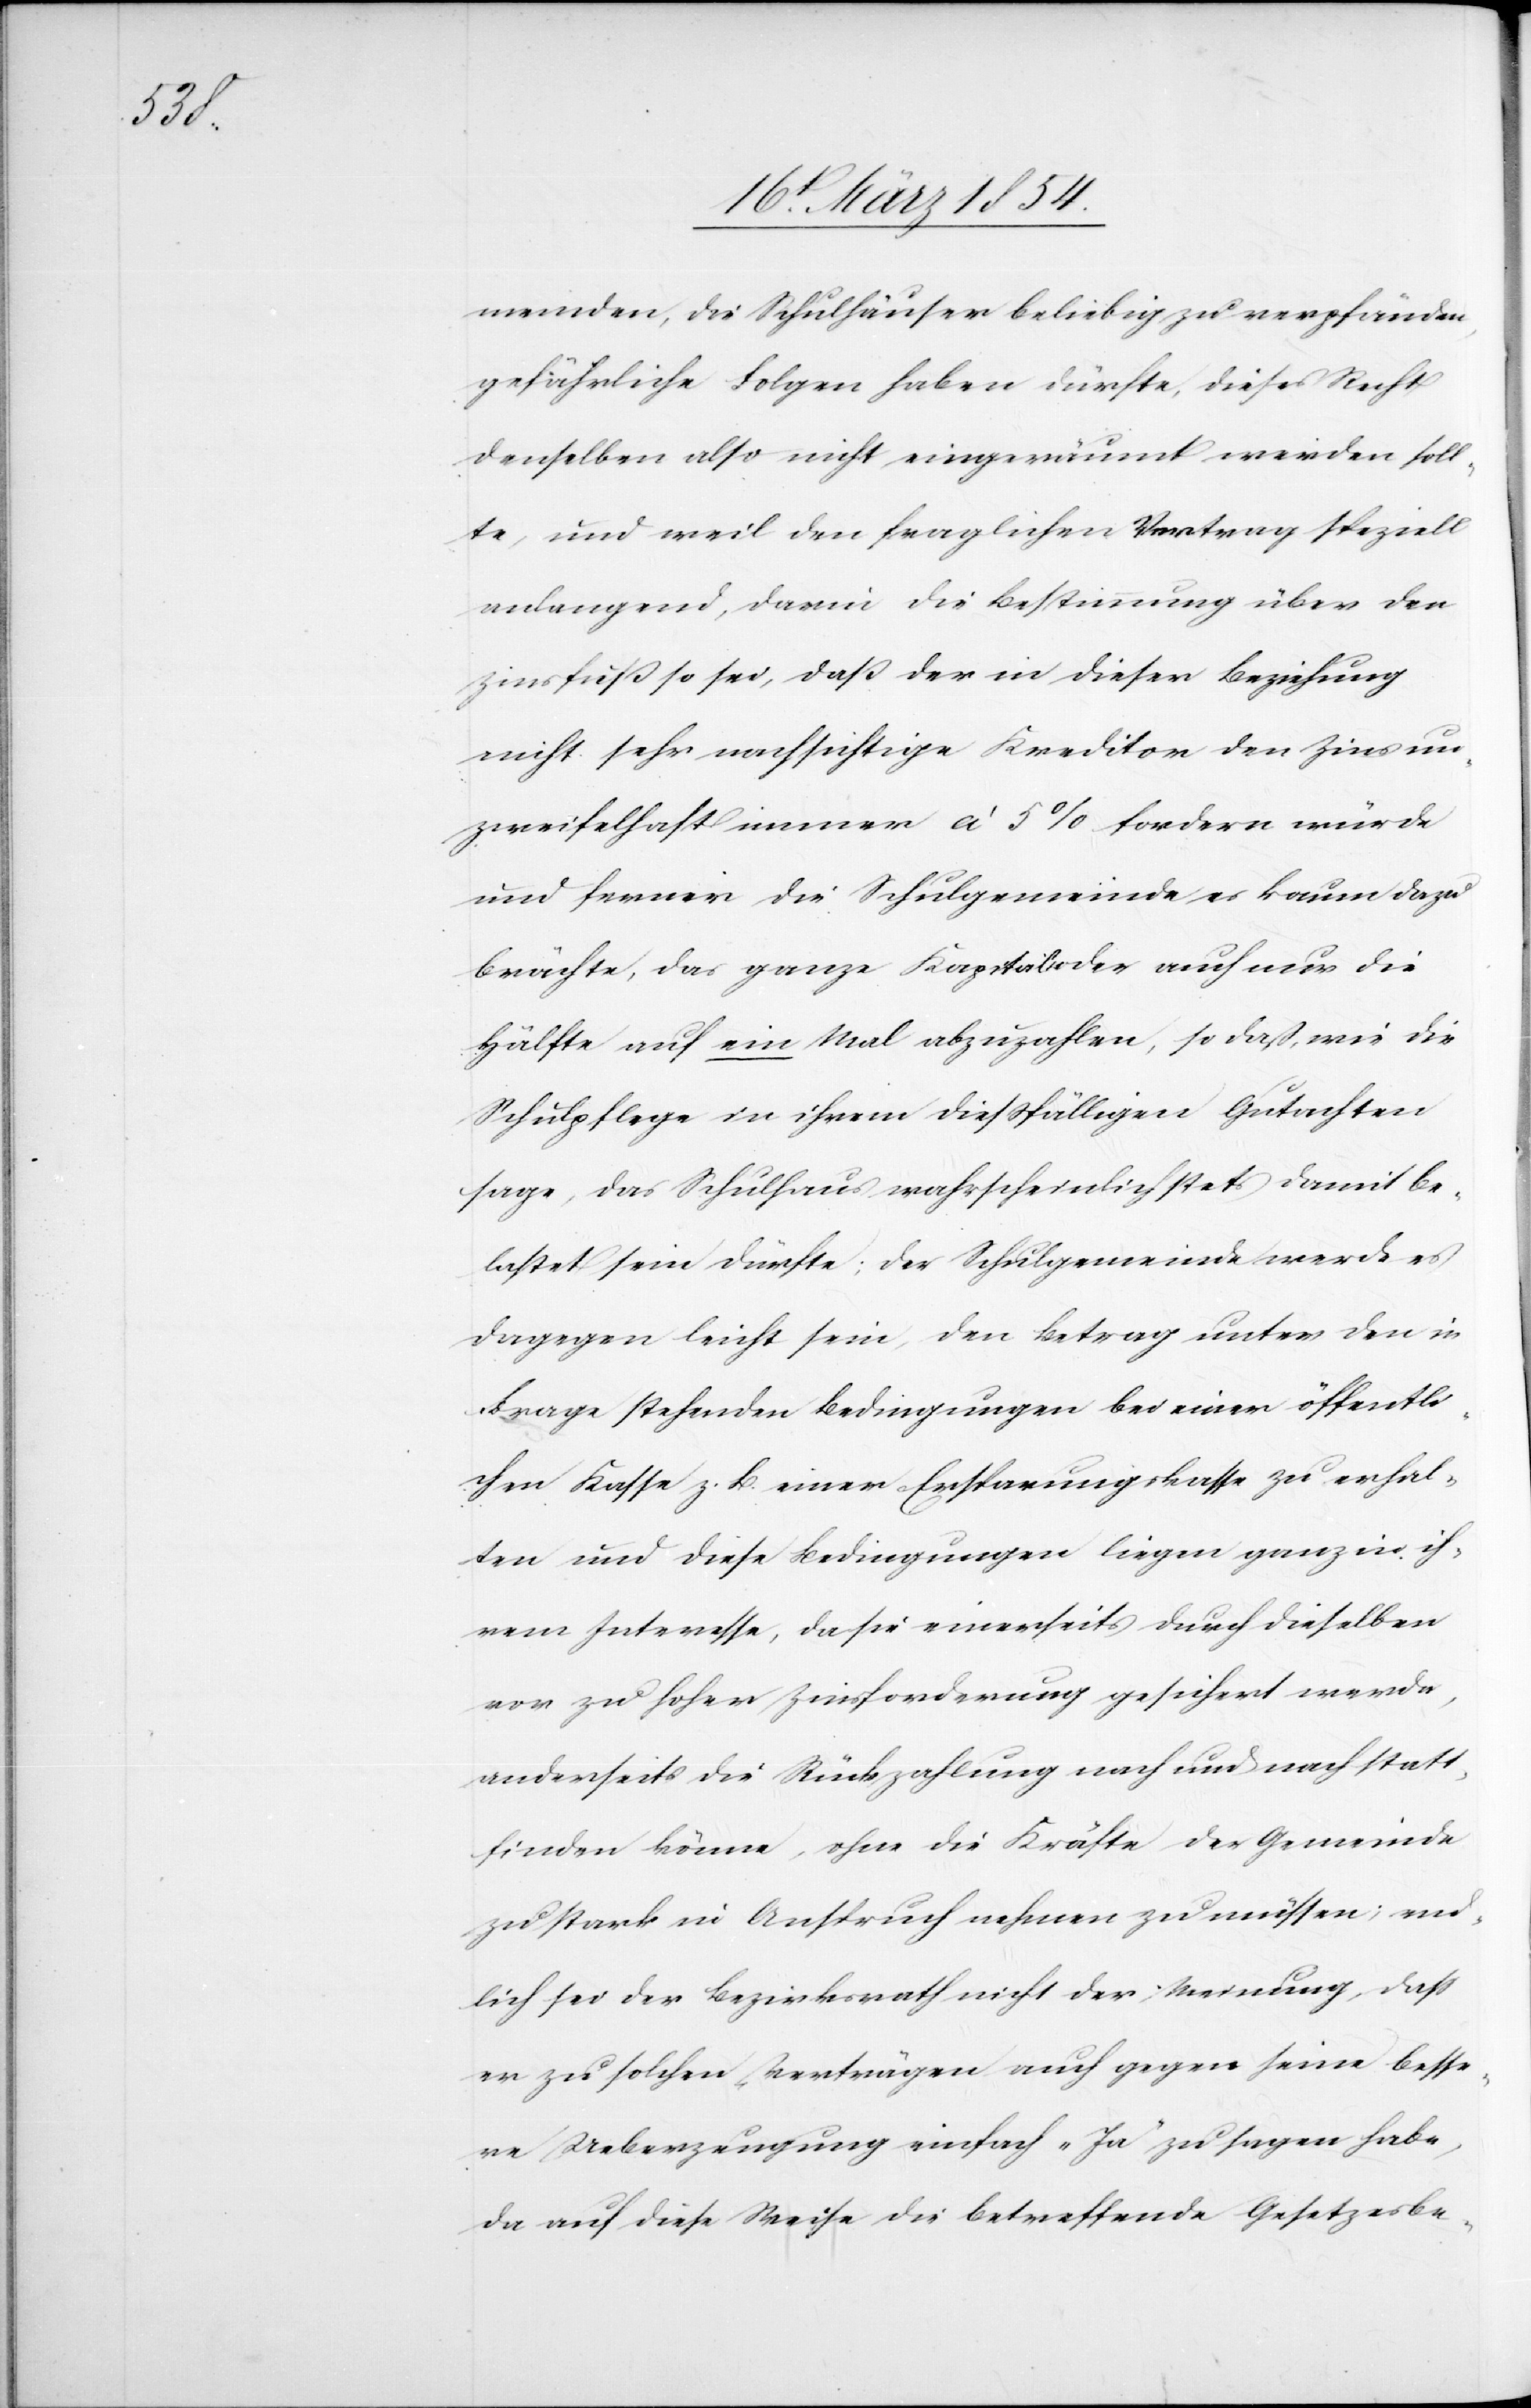
meinden, die Schulhäuser beliebig zu verpfänden,
gefährliche Folgen haben dürfte, dieses Recht
denselben also nicht eingeräumt werden soll¬
te, und weil den fraglichen Vertrag speziell
anlangend, darin die Bestimmung über den
Zinsfuß so sei, daß der in dieser Beziehung
nicht sehr nachsichtige Kreditor den Zins un¬
zweifelhaft immer [?à] 5% fordern würde
und ferner die Schulgemeinde es kaum dazu
brächte, das ganze Kapital oder auch nur die
Hälfte auf ein Mal abzuzahlen, so daß, wie die
Schulpflege in ihrem dießfälligen Gutachten
sage, das Schulhaus wahrscheinlich stets damit be¬
lastet sein dürfte; der Schulgemeinde werde es
dagegen leicht sein, den Betrag unter den in
Frage stehenden Bedingungen bei einer öffentli¬
chen Kasse z. B. einer Ersparungskasse zu erhal¬
ten und diese Bedingungen liegen ganz in ih¬
rem Interesse, da sie einerseits durch dieselben
vor zu hoher Zinsforderung gesichert werde,
anderseits die Rückzahlung nach und nach statt¬
finden könne, ohne die Kräfte der Gemeinde
zu stark in Anspruch nehmen zu müssen; end¬
lich sei der Bezirksrath nicht der Meinung, daß
er zu solchen Verträgen auch gegen seine besse¬
re Ueberzeugung einfach „Ja“ zu sagen habe,
da auf diese Weise die betreffende Gesetzesbe-